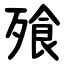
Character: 飱